Leaving Certificate Examination (including Day School Certificate (Higher) General paper), 1932
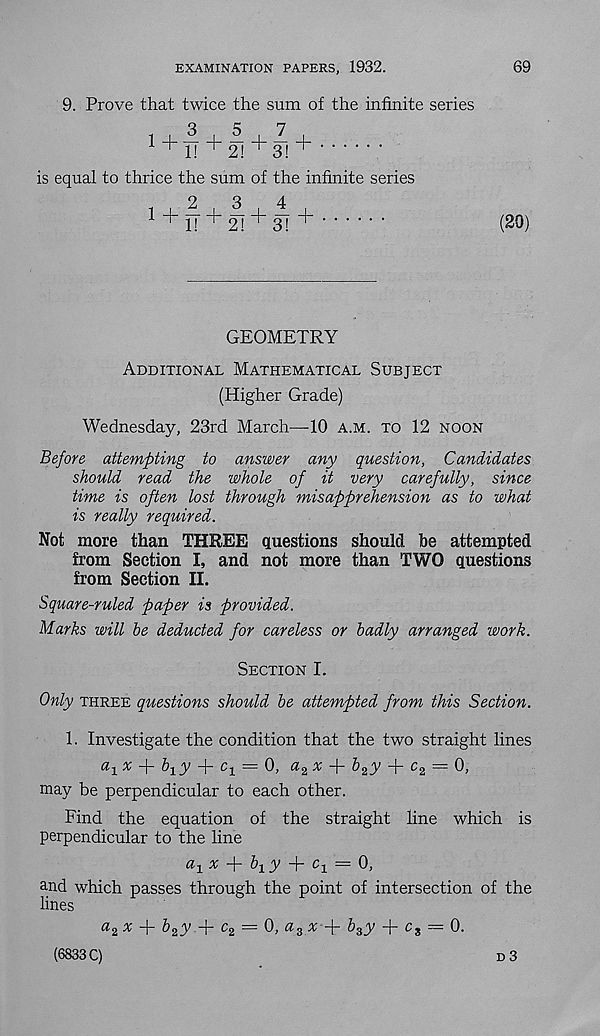
69
EXAMINATION PAPERS, 1932.
9. Prove that twice the sum of the infinite series
is equal to thrice the sum of the infinite series
(20)
GEOMETRY
Additional Mathematical Subject
(Higher Grade)
Wednesday, 23rd March—10 a.m. to 12 noon
Before attempting to answer any question, Candidates
should read the whole of it very carefully, since
time is often lost through misapprehension as to what
is really required.
Not more than THREE questions should be attempted
from Section I, and not more than TWO questions
from Section II.
Square-ruled paper is provided.
Marks will be deducted for careless or badly arranged work.
Section I.
Only three questions should be attempted from this Section.
1. Investigate the condition that the two straight lines
ay x +
+ Ci = 0, a 2 % + & 2 y + c 2 = 0,
may be perpendicular to each other.
Find the equation of the straight line which is
perpendicular to the line
<?i x -p
y d -
— 0
and which passes through the point of intersection of the
lines
a^x + b 2 y + c 2 = 0, a 3 x
b z y + c 3 = 0.
(6833 C)
n 3